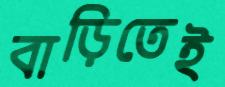
বাড়িতেই